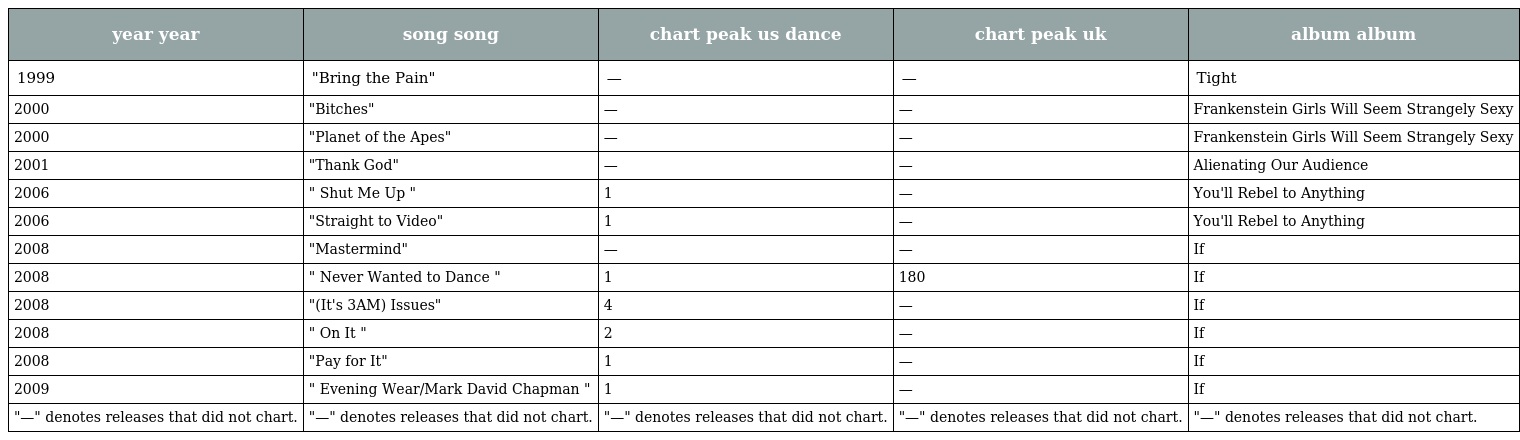
| year year | song song | chart peak us dance | chart peak uk | album album |
 | --- | --- | --- | --- | --- |
 | 1999 | "Bring the Pain" | — | — | Tight |
 | 2000 | "Bitches" | — | — | Frankenstein Girls Will Seem Strangely Sexy |
 | 2000 | "Planet of the Apes" | — | — | Frankenstein Girls Will Seem Strangely Sexy |
 | 2001 | "Thank God" | — | — | Alienating Our Audience |
 | 2006 | " Shut Me Up " | 1 | — | You'll Rebel to Anything |
 | 2006 | "Straight to Video" | 1 | — | You'll Rebel to Anything |
 | 2008 | "Mastermind" | — | — | If |
 | 2008 | " Never Wanted to Dance " | 1 | 180 | If |
 | 2008 | "(It's 3AM) Issues" | 4 | — | If |
 | 2008 | " On It " | 2 | — | If |
 | 2008 | "Pay for It" | 1 | — | If |
 | 2009 | " Evening Wear/Mark David Chapman " | 1 | — | If |
 | "—" denotes releases that did not chart. | "—" denotes releases that did not chart. | "—" denotes releases that did not chart. | "—" denotes releases that did not chart. | "—" denotes releases that did not chart. |